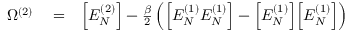
\begin{array} { r l r } { \Omega ^ { ( 2 ) } } & { { } = } & { \Big [ E _ { N } ^ { ( 2 ) } \Big ] - \frac { \beta } { 2 } \left( \Big [ E _ { N } ^ { ( 1 ) } E _ { N } ^ { ( 1 ) } \Big ] - \Big [ E _ { N } ^ { ( 1 ) } \Big ] \Big [ E _ { N } ^ { ( 1 ) } \Big ] \right) } \end{array}